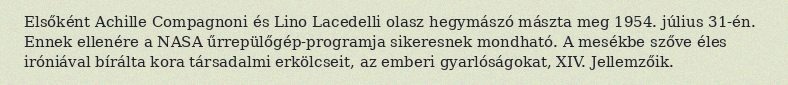
Elsőként Achille Compagnoni és Lino Lacedelli olasz hegymászó mászta meg 1954. július 31-én. Ennek ellenére a NASA űrrepülőgép-programja sikeresnek mondható. A mesékbe szőve éles iróniával bírálta kora társadalmi erkölcseit, az emberi gyarlóságokat, XIV. Jellemzőik.